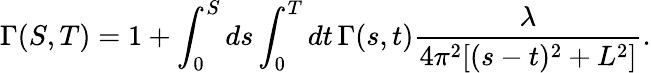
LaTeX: \Gamma(S,T)=1+\int_{0}^{S}ds\int_{0}^{T}dt\, \Gamma(s,t)\frac{\lambda}{4\pi^{2}[(s-t)^{2}+L^{2}]}.